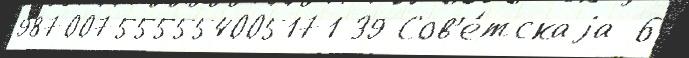
987007555554005171 39 Сов'е́тскаjа 6